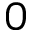
0